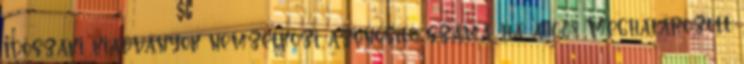
Időszaki kiadványok nemzetközi azonosító száma. ha a 008 Meghatározott